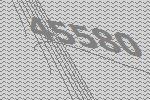
45580